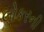
લોકરની